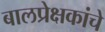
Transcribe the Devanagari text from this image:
बालप्रेक्षकांचे